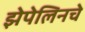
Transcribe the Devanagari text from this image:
झेपेलिनचे